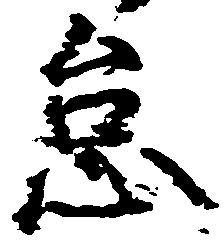
怠